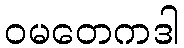
ဝမတေကဒါ